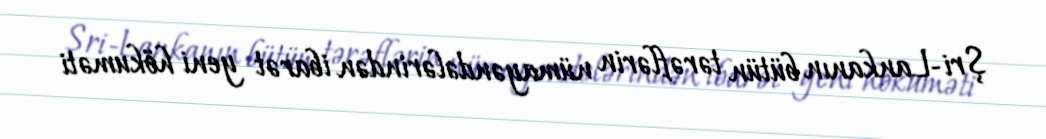
Şri-Lankanın bütün tərəflərin nümayəndələrindən ibarət yeni hökuməti